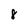
Character: 8